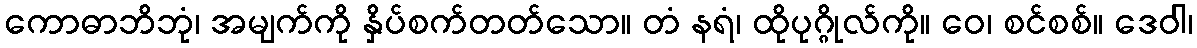
ကောဓာဘိဘုံ၊ အမျက်ကို နှိပ်စက်တတ်သော။ တံ နရံ၊ ထိုပုဂ္ဂိုလ်ကို။ ဝေ၊ စင်စစ်။ ဒေဝါ၊